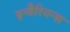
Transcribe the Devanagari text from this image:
इन्वैरियन्स